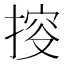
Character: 𢯱